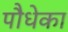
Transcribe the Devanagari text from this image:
पौधेका